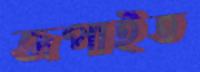
জপাইত